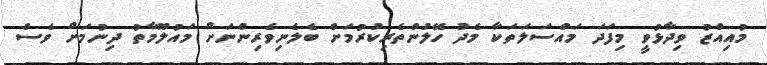
މުއިއްޒު ވިދާޅުވީ މިފަދަ މައްސަލަތަކާ މެދު ހޭލުންތެރިކުރުމަށް ބެލެނިވެރިންނަށް މައުލޫމާތު ދިނުމަށް ވެސް